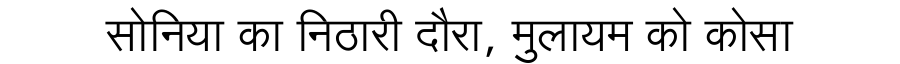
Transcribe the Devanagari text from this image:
सोनिया का निठारी दौरा, मुलायम को कोसा